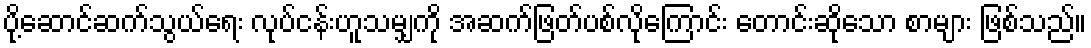
ပို့ဆောင်ဆက်သွယ်ရေး လုပ်ငန်းဟူသမျှကို အဆက်ဖြတ်ပစ်လိုကြောင်း တောင်းဆိုသော စာများ ဖြစ်သည်။